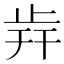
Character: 𣥭